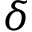
\delta